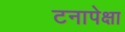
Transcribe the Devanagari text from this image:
टनापेक्षा